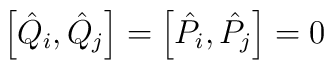
\left[ \hat{Q}_i,\hat{Q}_j \right] = \left[ \hat{P}_i,\hat{P}_j \right] = 0